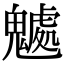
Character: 𩴘